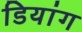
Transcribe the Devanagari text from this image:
डियांग